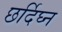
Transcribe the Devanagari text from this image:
छर्दिघ्न